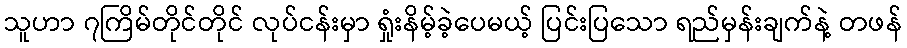
သူဟာ ၇ကြိမ်တိုင်တိုင် လုပ်ငန်းမှာ ရှုံးနိမ့်ခဲ့ပေမယ့် ပြင်းပြသော ရည်မှန်းချက်နဲ့ တဖန်